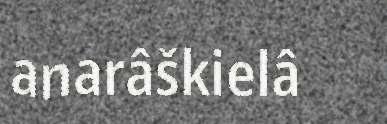
anarâškielâ